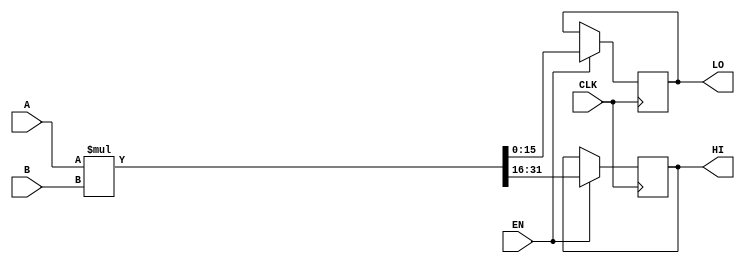
//							Iuri Silva Castro
//			Mestrando em Engenharia Eletrica - PPGEE
//			Universidade Federal de Minas Gerais - UFMG
//									2/2017

/*	Modulo de multiplicacao
	S = A * B
*/
module Mult(A, B, HI, LO, EN, CLK);

	input [15:0] A, B;
	input EN, CLK;
	output reg [15:0] HI, LO;
	
	wire [31:0] result;
	
	assign result = A * B;

	always @(posedge CLK) begin
		if (EN) begin
			HI <= result[31:16];
			LO <= result[15:0];
		end
	end
endmodule